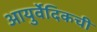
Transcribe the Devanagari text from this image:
आयुर्वेदिकची